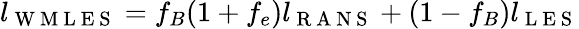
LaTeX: l_{\mathrm{~W~M~L~E~S~}}=f_{B}(1+f_{e})l_{\mathrm{~R~A~N~S~}}+(1-f_{B})l_{\mathrm{~L~E~S~}}